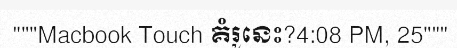
"""Macbook Touch គំរូនេះ?4:08 PM, 25"""